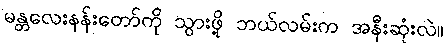
မန္တလေးနန်းတော်ကို သွားဖို့ ဘယ်လမ်းက အနီးဆုံးလဲ။